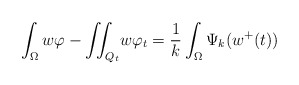
\begin{align*}\int_{\Omega}w\varphi-{\displaystyle\iint_{Q_{t}}}w\varphi_{t}=\frac{1}{k}\int_{\Omega}\Psi_{k}(w^{+}(t))\end{align*}